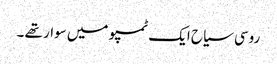
روسی سیاح ایک ٹمپو میں سوار تھے ۔